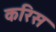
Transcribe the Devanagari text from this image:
करिस